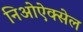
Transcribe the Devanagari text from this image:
निओऐक्सेल